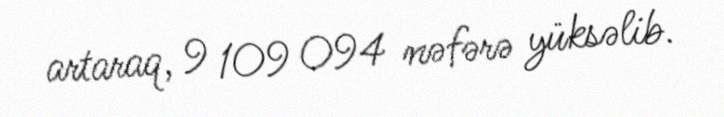
artaraq, 9 109 094 nəfərə yüksəlib.